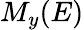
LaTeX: M_{y}(E)